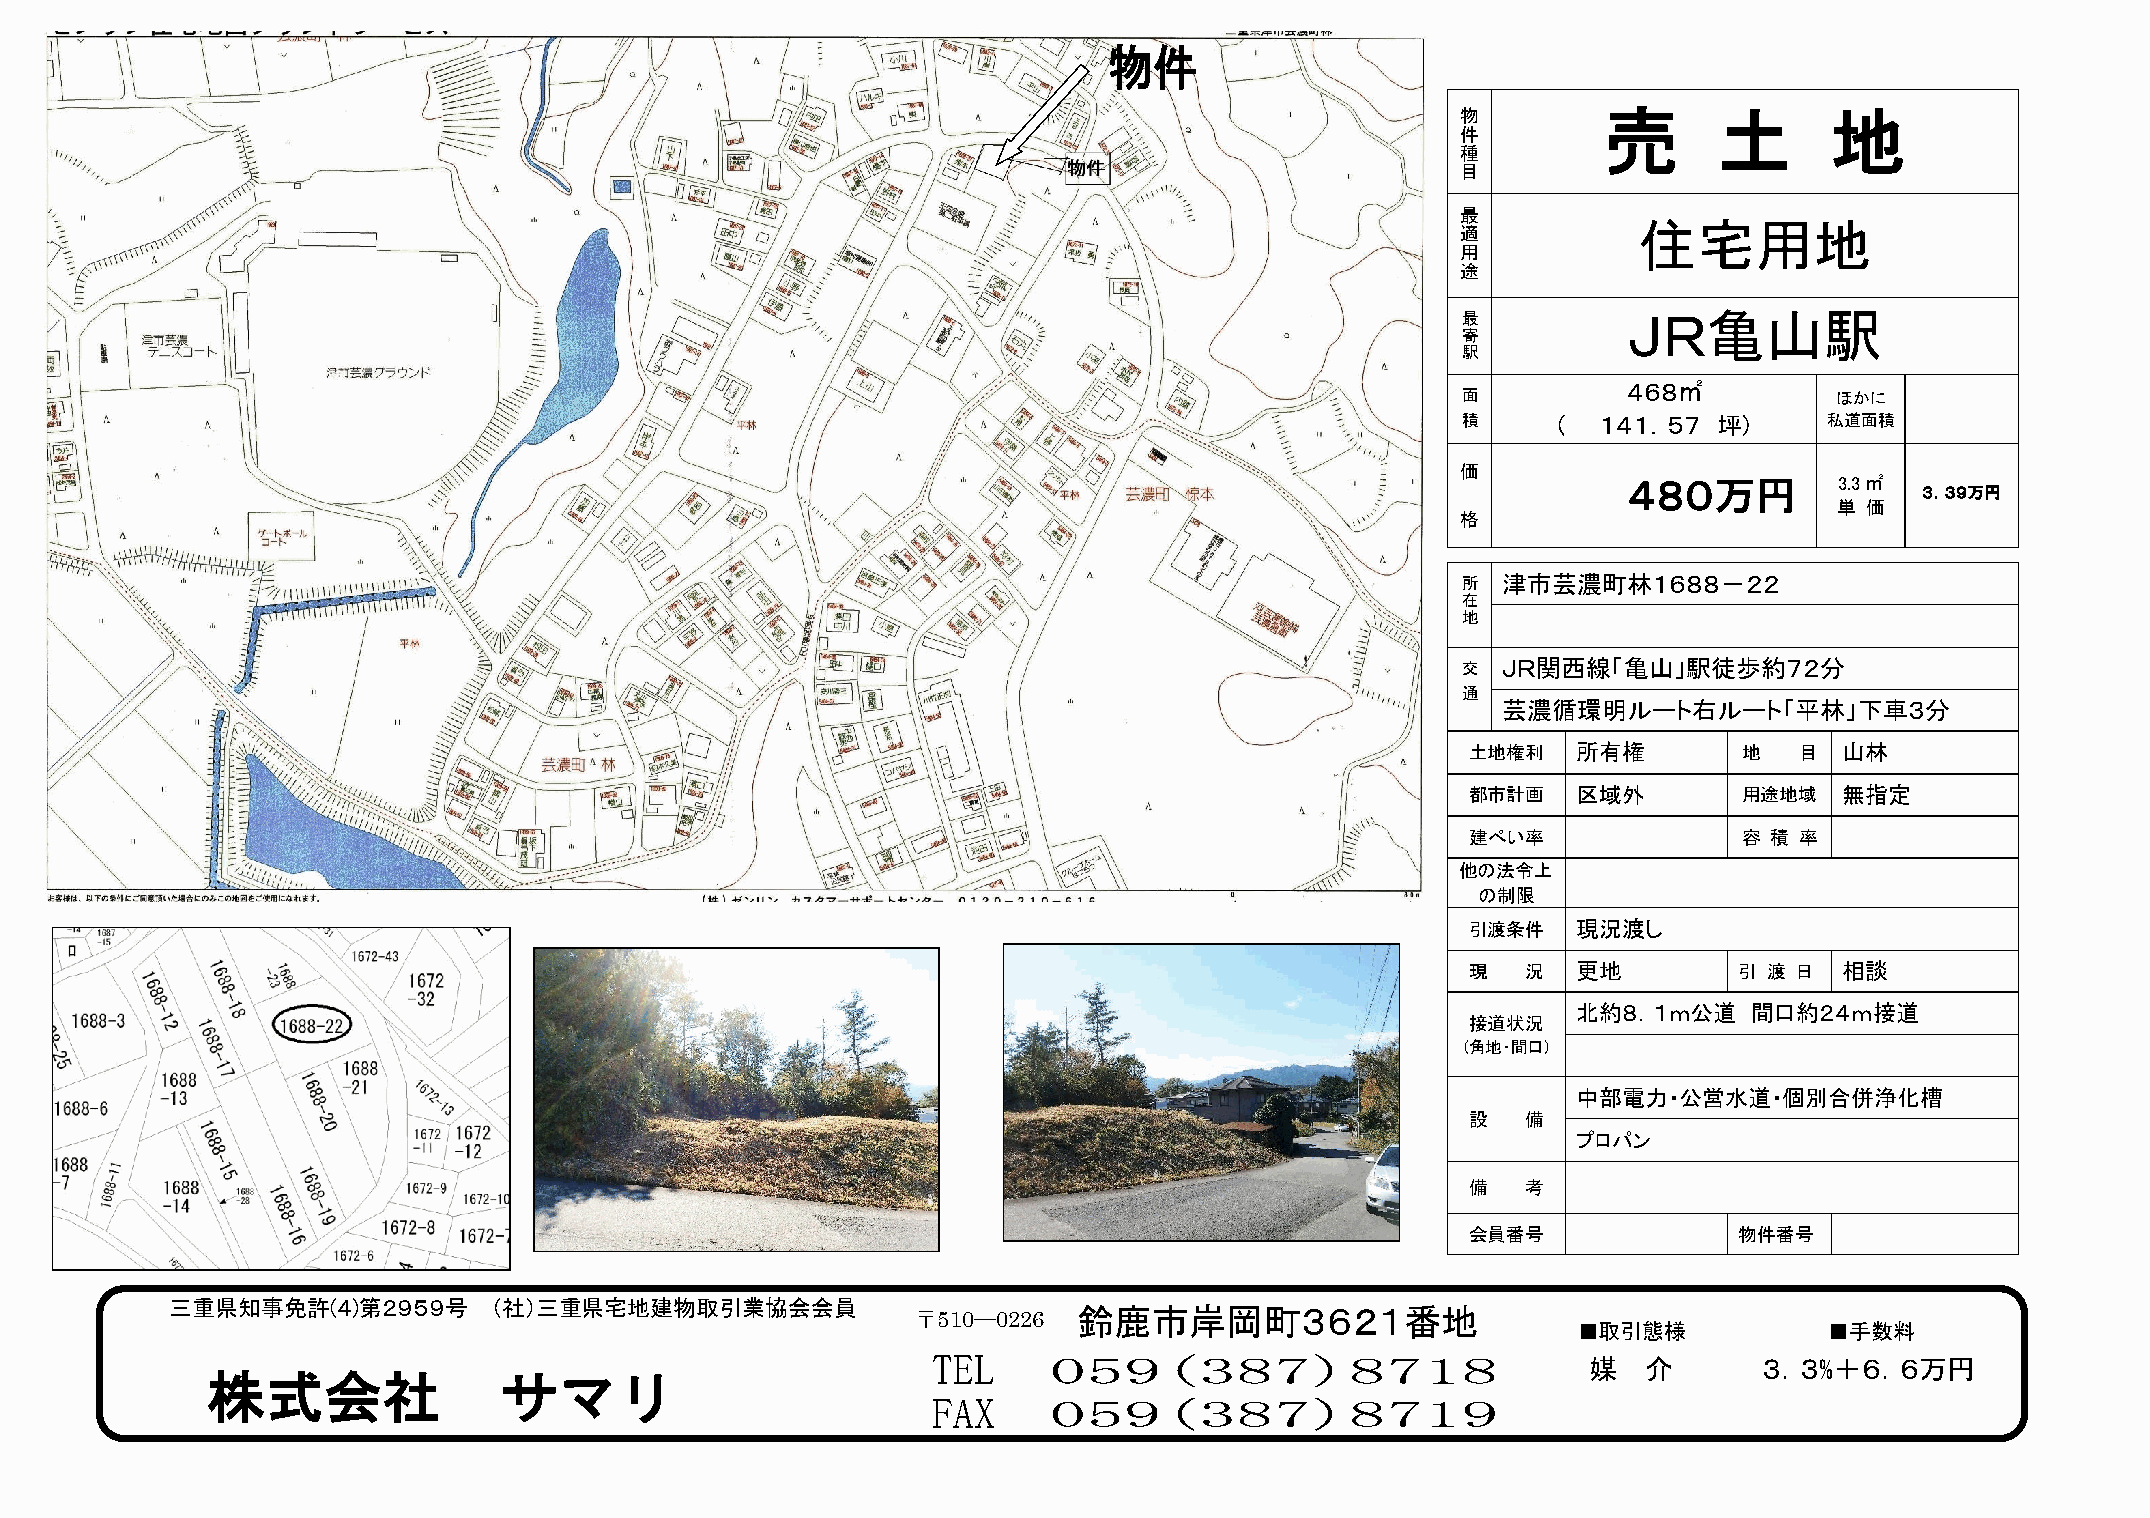
物        売       土      地
 件
 種
 目
 最
 住宅用地
 適
 用
 途
 最          ＪＲ亀山駅
 寄
 駅
 ４６８㎡
 面                        ほかに
 積     (  １４１．５７  坪)     私道面積
 価
 ４８０万円         3.3㎡
 ３．３９万円
 単 価
 格
 所 津市芸濃町林１６８８－２２
 在
 地
 交 ＪＲ関西線「亀山」駅徒歩約７２分
 通
 芸濃循環明ルート右ルート「平林」下車３分
 土地権利   所有権        地   目  山林
 都市計画   区域外        用途地域   無指定
 建ぺい率              容 積 率
 他の法令上
 の制限
 引渡条件   現況渡し
 現   況  更地         引 渡 日  相談
 北約８．１ｍ公道    間口約２４ｍ接道
 接道状況
 (角地・間口)
 中部電力・公営水道・個別合併浄化槽
 設   備
 プロパン
 備   考
 会員番号              物件番号
 三重県知事免許(４)第２９５９号     （社）三重県宅地建物取引業協会会員
 〒51 0― 0 22 6 鈴鹿市岸岡町３６２１番地
 ■取引態様            ■手数料
 TEL    05   9  ( 3  8 7  ) 8  7 1  8       媒   介       ３．３%＋６．６万円
 株式会社               サマリ
 FAX    059(387)8719